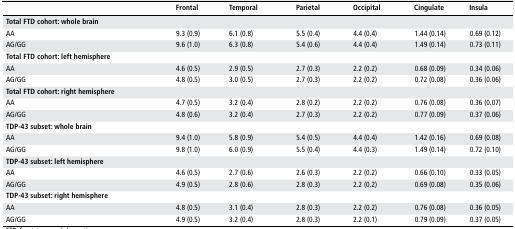
<table><thead><tr><td></td><td><b>Frontal</b></td><td><b>Temporal</b></td><td><b>Parietal</b></td><td><b>Occipital</b></td><td><b>Cingulate</b></td><td><b>Insula</b></td></tr></thead><tbody><tr><td colspan="7"><b>Total FTD cohort: whole brain</b></td></tr><tr><td>AA</td><td>9.3 (0.9)</td><td>6.1 (0.8)</td><td>5.5 (0.4)</td><td>4.4 (0.4)</td><td>1.44 (0.14)</td><td>0.69 (0.12)</td></tr><tr><td>AG/GG</td><td>9.6 (1.0)</td><td>6.3 (0.8)</td><td>5.4 (0.6)</td><td>4.4 (0.4)</td><td>1.49 (0.14)</td><td>0.73 (0.11)</td></tr><tr><td colspan="7"><b>Total FTD cohort: left hemisphere</b></td></tr><tr><td>AA</td><td>4.6 (0.5)</td><td>2.9 (0.5)</td><td>2.7 (0.3)</td><td>2.2 (0.2)</td><td>0.68 (0.09)</td><td>0.34 (0.06)</td></tr><tr><td>AG/GG</td><td>4.8 (0.5)</td><td>3.0 (0.5)</td><td>2.7 (0.3)</td><td>2.2 (0.2)</td><td>0.72 (0.08)</td><td>0.36 (0.06)</td></tr><tr><td colspan="7"><b>Total FTD cohort: right hemisphere</b></td></tr><tr><td>AA</td><td>4.7 (0.5)</td><td>3.2 (0.4)</td><td>2.8 (0.2)</td><td>2.2 (0.2)</td><td>0.76 (0.08)</td><td>0.36 (0.07)</td></tr><tr><td>AG/GG</td><td>4.8 (0.6)</td><td>3.2 (0.4)</td><td>2.7 (0.3)</td><td>2.2 (0.2)</td><td>0.77 (0.09)</td><td>0.37 (0.06)</td></tr><tr><td colspan="7"><b>TDP-43 subset: whole brain</b></td></tr><tr><td>AA</td><td>9.4 (1.0)</td><td>5.8 (0.9)</td><td>5.4 (0.5)</td><td>4.4 (0.4)</td><td>1.42 (0.16)</td><td>0.69 (0.08)</td></tr><tr><td>AG/GG</td><td>9.8 (1.0)</td><td>6.0 (0.9)</td><td>5.5 (0.4)</td><td>4.4 (0.3)</td><td>1.49 (0.14)</td><td>0.72 (0.10)</td></tr><tr><td colspan="7"><b>TDP-43 subset: left hemisphere</b></td></tr><tr><td>AA</td><td>4.6 (0.5)</td><td>2.7 (0.6)</td><td>2.6 (0.3)</td><td>2.2 (0.2)</td><td>0.66 (0.10)</td><td>0.33 (0.05)</td></tr><tr><td>AG/GG</td><td>4.9 (0.5)</td><td>2.8 (0.6)</td><td>2.8 (0.3)</td><td>2.2 (0.2)</td><td>0.69 (0.08)</td><td>0.35 (0.06)</td></tr><tr><td colspan="7"><b>TDP-43 subset: right hemisphere</b></td></tr><tr><td>AA</td><td>4.8 (0.5)</td><td>3.1 (0.4)</td><td>2.8 (0.3)</td><td>2.2 (0.2)</td><td>0.76 (0.08)</td><td>0.36 (0.05)</td></tr><tr><td>AG/GG</td><td>4.9 (0.5)</td><td>3.2 (0.4)</td><td>2.8 (0.3)</td><td>2.2 (0.1)</td><td>0.79 (0.09)</td><td>0.37 (0.05)</td></tr></tbody></table>